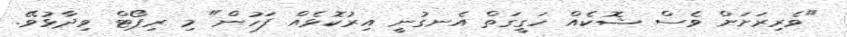
"ވެރިރަށަށް ވެސް ޝޮކެއް ހަގީގަތް އެނގުނީ އިރުކޮޅެއް ފަހުން" މި ރިޕޯޓް ވިދާޅުވޭ.